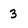
Character: 3